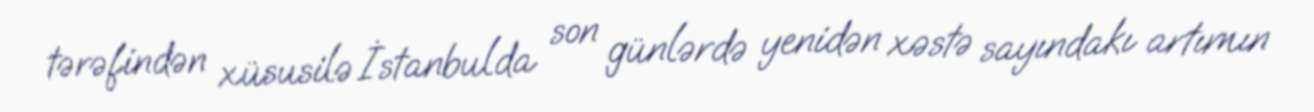
tərəfindən xüsusilə İstanbulda son günlərdə yenidən xəstə sayındakı artımın